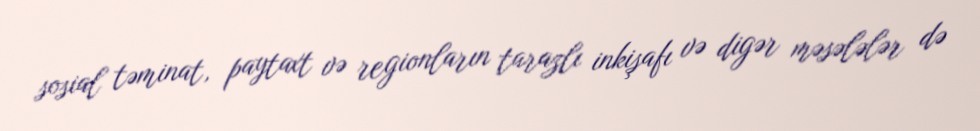
sosial təminat, paytaxt və regionların tarazlı inkişafı və digər məsələlər də